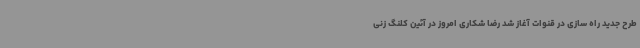
طرح جدید راه سازی در قنوات آغاز شد رضا شکاری امروز در آئین کلنگ زنی